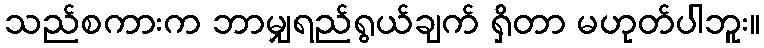
သည်စကားက ဘာမျှရည်ရွယ်ချက် ရှိတာ မဟုတ်ပါဘူး။